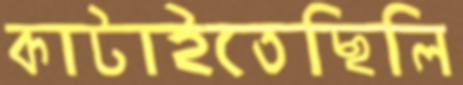
কাটাইতেছিলি